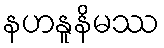
နဟနူနိမဿ